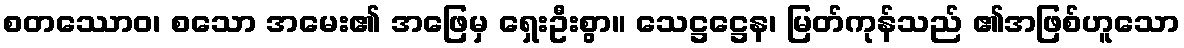
စတဿောဝ၊ စသော အမေး၏ အဖြေမှ ရှေးဦးစွာ။ သေဋ္ဌဋ္ဌေန၊ မြတ်ကုန်သည် ၏အဖြစ်ဟူသော